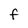
Character: F